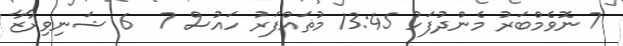
7 ނޮވެމްބަރު މެންދުފަހު 13:45 މުޡައްފަރު ހައުސް 7  6 ޝަނިވިރާޒާ